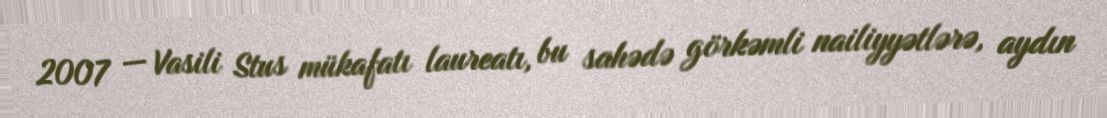
2007 — Vasili Stus mükafatı laureatı, bu sahədə görkəmli nailiyyətlərə, aydın